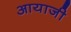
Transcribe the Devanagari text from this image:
आयाजी